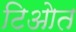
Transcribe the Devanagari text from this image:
टिओत